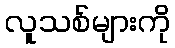
လူသစ်များကို